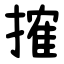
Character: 搉